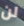
لن